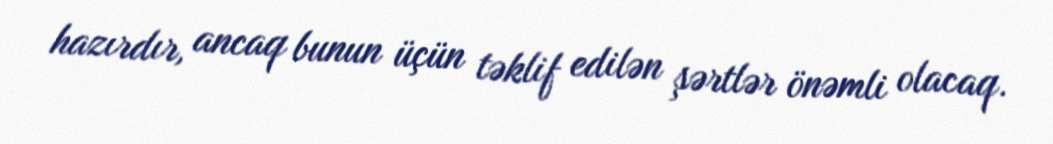
hazırdır, ancaq bunun üçün təklif edilən şərtlər önəmli olacaq.